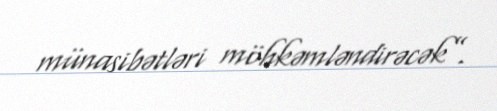
münasibətləri möhkəmləndirəcək”.